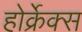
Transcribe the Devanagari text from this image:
होर्क्रेक्स